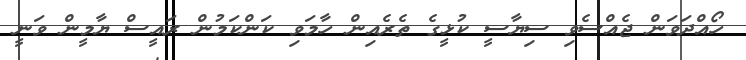
ހޯއްދަވަން ޖެއްސެވި ސިޔާސީ ކުޅީގެ ތެރެއިން ހާމަވި ކަންކަމުން ރައީސް ޔާމީން ވަނީ